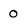
Character: 0